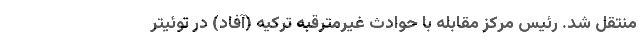
منتقل شد. رئیس مرکز مقابله با حوادث غیرمترقبه ترکیه (آفاد) در توئیتر